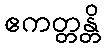
ဧကတ္တန္တိ